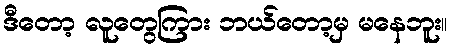
ဒီတော့ လူတွေကြား ဘယ်တော့မှ မနေဘူး။